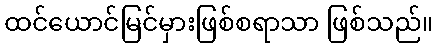
ထင်ယောင်မြင်မှားဖြစ်စရာသာ ဖြစ်သည်။